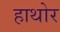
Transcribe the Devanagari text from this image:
हाथोर